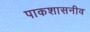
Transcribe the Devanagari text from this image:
पाकशासनीव